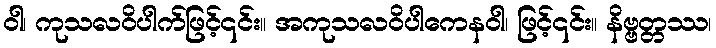
ဝါ၊ ကုသလဝိပါက်ဖြင့်၎င်း။ အကုသလဝိပါကေနဝါ၊ ဖြင့်၎င်း။ နိဗ္ဗတ္တဿ၊